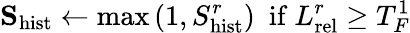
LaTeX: \mathbf{S}_{\mathrm{hist}}\leftarrow\mathrm{max}\left(1,S_{\mathrm{hist}}^{r}\right)\ \ \mathrm{if}\ L_{\mathrm{rel}}^{r}\geq T_{F}^{1}